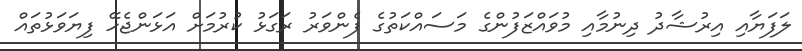
ލަފަޔާއި އިރުޝާދު ދިނުމާއި މުވައްޒަފުންގެ މަސައްކަތުގެ ފެންވަރު ރަގަޅު ކުރުމަށް އަޅަންޖެހޭ ފިޔަވަޅުތައް